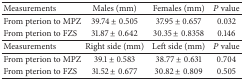
<table><thead><tr><td><b>Measurements</b></td><td><b>Males (mm)</b></td><td><b>Females (mm)</b></td><td><b><i>P</i> value</b></td></tr></thead><tbody><tr><td>From pterion to MPZ</td><td>39.74 ± 0.505</td><td>37.95 ± 0.657</td><td>0.032</td></tr><tr><td>From pterion to FZS</td><td>31.87 ± 0.642</td><td>30.35 ± 0.8358</td><td>0.146</td></tr><tr><td>Measurements</td><td>Right side (mm)</td><td>Left side (mm)</td><td><i>P</i> value</td></tr><tr><td>From pterion to MPZ</td><td>39.1 ± 0.583</td><td>38.77 ± 0.631</td><td>0.704</td></tr><tr><td>From pterion to FZS</td><td>31.52 ± 0.677</td><td>30.82 ± 0.809</td><td>0.505</td></tr></tbody></table>